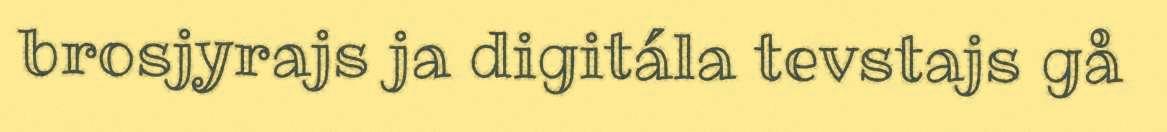
brosjyrajs ja digitála tevstajs gå